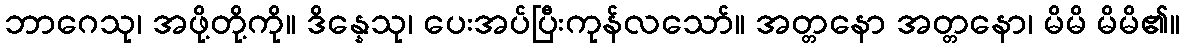
ဘာဂေသု၊ အဖို့တို့ကို။ ဒိန္နေသု၊ ပေးအပ်ပြီးကုန်လသော်။ အတ္တနော အတ္တနော၊ မိမိ မိမိ၏။